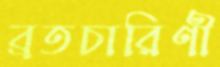
ব্রতচারিণী